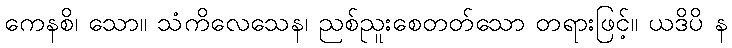
ကေနစိ၊ သော။ သံကိလေသေန၊ ညစ်ညူးစေတတ်သော တရားဖြင့်။ ယဒိပိ န